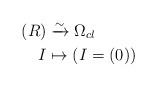
LaTeX: \begin{align*} (R) &\xrightarrow{{\sim}} \Omega_{cl} \\ I &\mapsto (I = (0)) \end{align*}